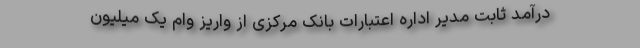
درآمد ثابت مدیر اداره اعتبارات بانک مرکزی از واریز وام یک میلیون